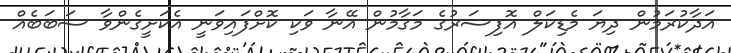
އަދާކުރަމުން ދިޔަ މެޑިކަލް އޮފިސަރުގެ މަގާމުން އޭނާ ވަކި ކޮށްފައިވަނީ އެކަށީގެންވާ ސަބަބެއް